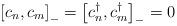
LaTeX: \begin{align*}\left[ c_{n},c_{m}\right] _{-} = \left[ c_{n}^{\dagger },c_{m}^{\dagger}\right] _{-}=0\end{align*}